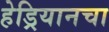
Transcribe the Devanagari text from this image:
हेड्रियानचा